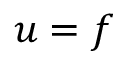
\b { u } = \b { f }